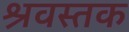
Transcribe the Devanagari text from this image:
श्रवस्तक